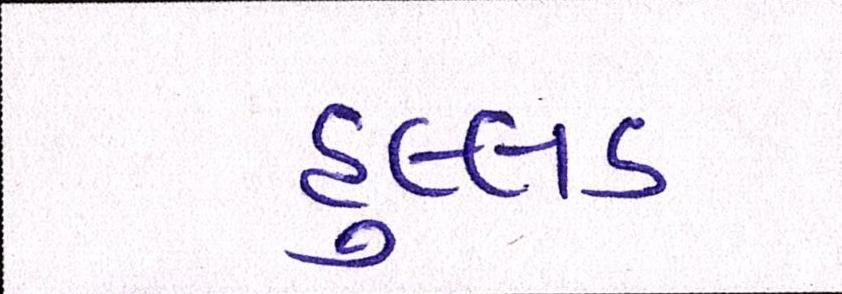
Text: હુલ્લડ